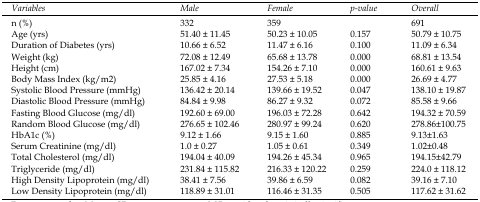
<table><thead><tr><td><b><i>Variables</i></b></td><td><b><i>Male</i></b></td><td><b><i>Female</i></b></td><td rowspan="2"><b><i>p-value</i></b></td><td><b><i>Overall</i></b></td></tr><tr><td><b><i>n (%)</i></b></td><td><b><i>332</i></b></td><td><b><i>359</i></b></td><td><b><i>691</i></b></td></tr></thead><tbody><tr><td>Age (yrs)</td><td>51.40 ± 11.45</td><td>50.23 ± 10.05</td><td>0.157</td><td>50.79 ± 10.75</td></tr><tr><td>Duration of Diabetes (yrs)</td><td>10.66 ± 6.52</td><td>11.47 ± 6.16</td><td>0.100</td><td>11.09 ± 6.34</td></tr><tr><td>Weight (kg)</td><td>72.08 ± 12.49</td><td>65.68 ± 13.78</td><td>0.000</td><td>68.81 ± 13.54</td></tr><tr><td>Height (cm)</td><td>167.02 ± 7.34</td><td>154.26 ± 7.10</td><td>0.000</td><td>160.61 ± 9.63</td></tr><tr><td>Body Mass Index (kg/m<sup>2</sup>)</td><td>25.85 ± 4.16</td><td>27.53 ± 5.18</td><td>0.000</td><td>26.69 ± 4.77</td></tr><tr><td>Systolic Blood Pressure (mmHg)</td><td>136.42 ± 20.14</td><td>139.66 ± 19.52</td><td>0.047</td><td>138.10 ± 19.87</td></tr><tr><td>Diastolic Blood Pressure (mmHg)</td><td>84.84 ± 9.98</td><td>86.27 ± 9.32</td><td>0.072</td><td>85.58 ± 9.66</td></tr><tr><td>Fasting Blood Glucose (mg/dl)</td><td>192.60 ± 69.00</td><td>196.03 ± 72.28</td><td>0.642</td><td>194.32 ± 70.59</td></tr><tr><td>Random Blood Glucose (mg/dl)</td><td>276.65 ± 102.46</td><td>280.97 ± 99.24</td><td>0.620</td><td>278.86±100.75</td></tr><tr><td>HbA1c (%)</td><td>9.12 ± 1.66</td><td>9.15 ± 1.60</td><td>0.885</td><td>9.13±1.63</td></tr><tr><td>Serum Creatinine (mg/dl)</td><td>1.0 ± 0.27</td><td>1.05 ± 0.61</td><td>0.349</td><td>1.02±0.48</td></tr><tr><td>Total Cholesterol (mg/dl)</td><td>194.04 ± 40.09</td><td>194.26 ± 45.34</td><td>0.965</td><td>194.15±42.79</td></tr><tr><td>Triglyceride (mg/dl)</td><td>231.84 ± 115.82</td><td>216.33 ± 120.22</td><td>0.259</td><td>224.0 ± 118.12</td></tr><tr><td>High Density Lipoprotein (mg/dl)</td><td>38.41 ± 7.56</td><td>39.86 ± 6.59</td><td>0.082</td><td>39.16 ± 7.10</td></tr><tr><td>Low Density Lipoprotein (mg/dl)</td><td>118.89 ± 31.01</td><td>116.46 ± 31.35</td><td>0.505</td><td>117.62 ± 31.62</td></tr></tbody></table>